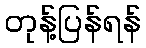
တုန့်ပြန်ရန်